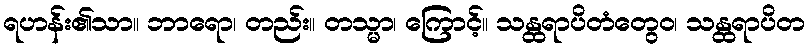
ရဟန်း၏သာ။ ဘာရော၊ တည်း။ တသ္မာ၊ ကြောင့်။ သန္ထရာပိတံတွေဝ၊ သန္ထရာပိတ